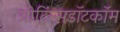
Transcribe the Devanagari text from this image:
ग्रीटिंग्सडॉटकॉम